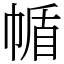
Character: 㡒